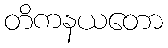
တိကနယတော